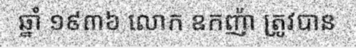
ឆ្នាំ ១៩៣៦ លោក ឧកញ៉ា ត្រូវបាន